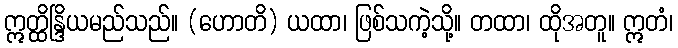
ဣတ္ထိန္ဒြိယမည်သည်။ (ဟောတိ) ယထာ၊ ဖြစ်သကဲ့သို့။ တထာ၊ ထိုအတူ။ ဣတံ၊